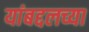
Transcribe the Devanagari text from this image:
यांबद्दलच्या